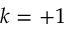
k = + 1